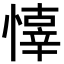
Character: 𢡇